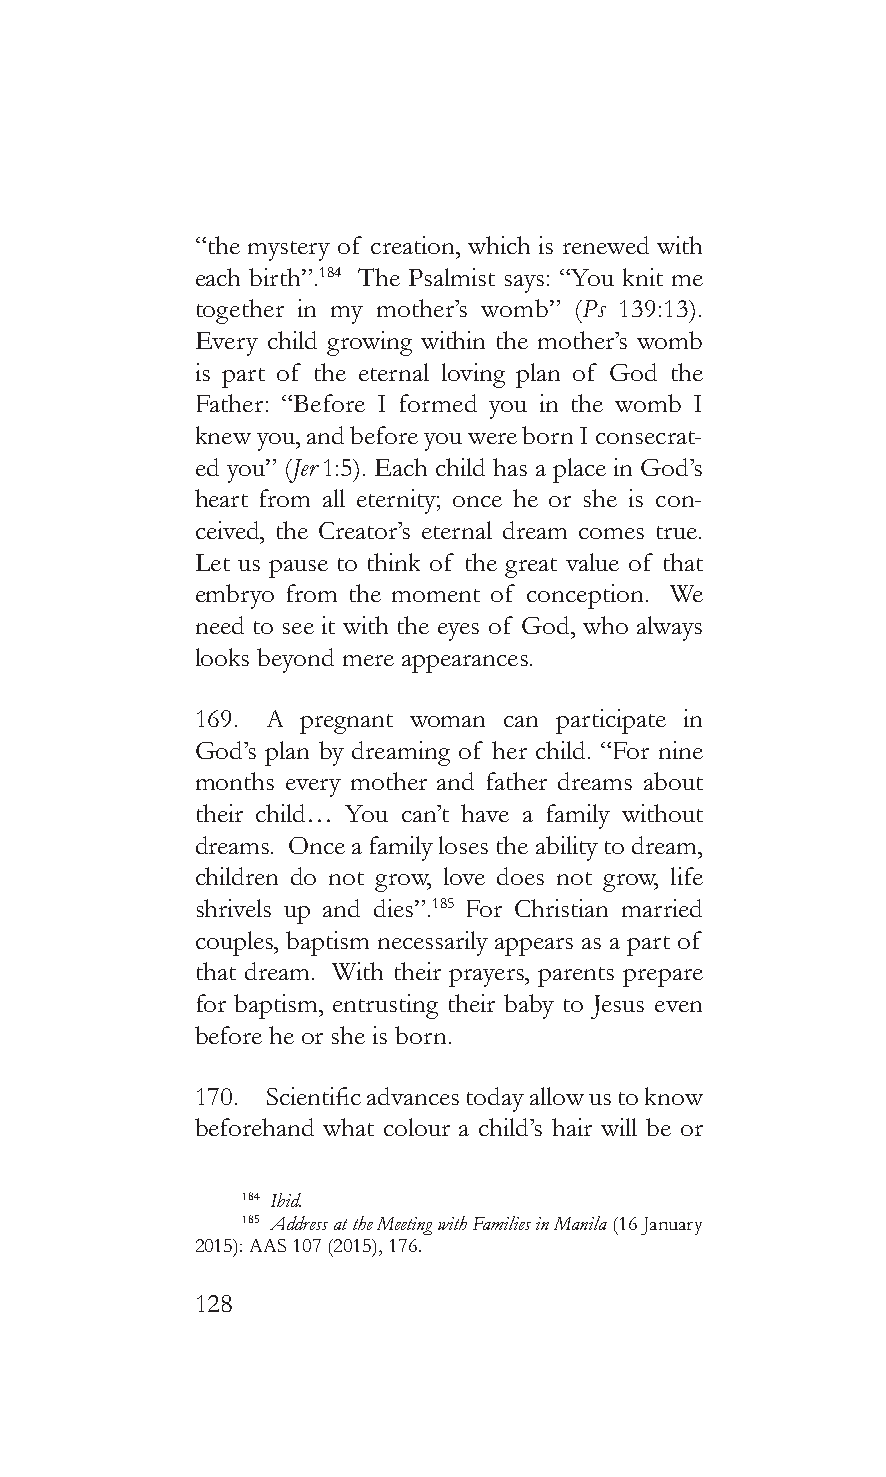
“the mystery of creation, which is renewed with
 each birth”.184 The Psalmist says: “You knit me
 together in my mother’s womb” (Ps 139:13).
 Every child growing within the mother’s womb
 is part of the eternal loving plan of God the
 Father: “Before I formed you in the womb I
 knew you, and before you were born I consecrat-
 ed you” (Jer 1:5). Each child has a place in God’s
 heart from all eternity; once he or she is con-
 ceived, the Creator’s eternal dream comes true.
 Let us pause to think of the great value of that
 embryo from the moment of conception. We
 need to see it with the eyes of God, who always
 looks beyond mere appearances.
 169. A pregnant woman can participate in
 God’s plan by dreaming of her child. “For nine
 months every mother and father dreams about
 their child… You can’t have a family without
 dreams. Once a family loses the ability to dream,
 children do not grow, love does not grow, life
 shrivels up and dies”.185 For Christian married
 couples, baptism necessarily appears as a part of
 that dream. With their prayers, parents prepare
 for baptism, entrusting their baby to Jesus even
 before he or she is born.
 170. Scientific advances today allow us to know
 beforehand what colour a child’s hair will be or
 184 Ibid.
 185 Address at the Meeting with Families in Manila (16 January
 2015): AAS 107 (2015), 176.
 128